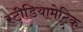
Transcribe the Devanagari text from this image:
स्टीडियामेट्रिक